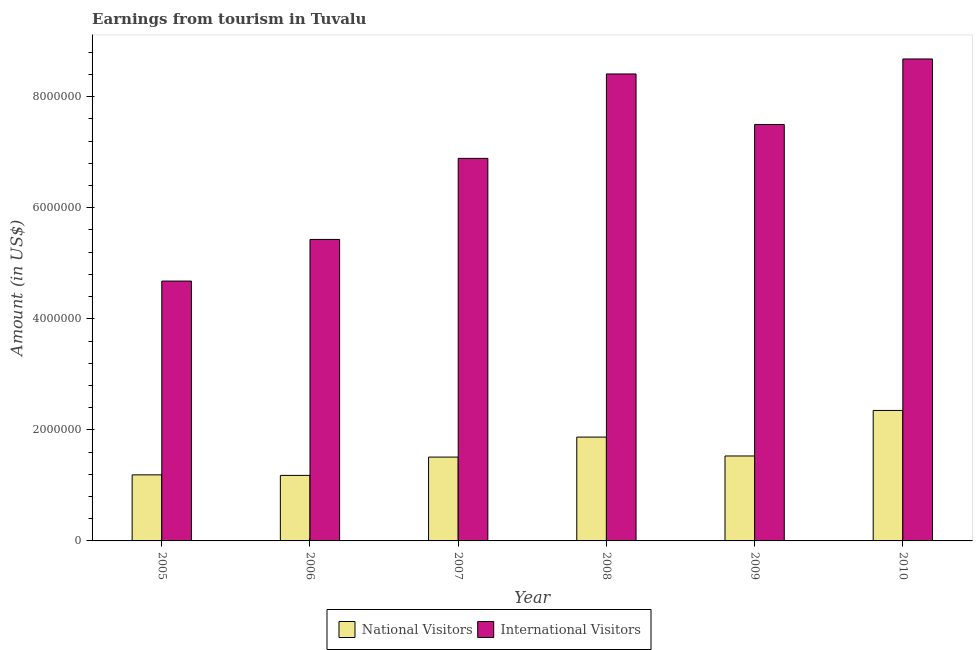
| Year | National Visitors | International Visitors |
 | --- | --- | --- |
 | 2005 | 1.19e+06 | 4.68e+06 |
 | 2006 | 1.18e+06 | 5.43e+06 |
 | 2007 | 1.51e+06 | 6.89e+06 |
 | 2008 | 1.87e+06 | 8.41e+06 |
 | 2009 | 1.53e+06 | 7.5e+06 |
 | 2010 | 2.35e+06 | 8.68e+06 |